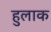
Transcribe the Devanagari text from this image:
हुलाक